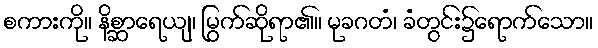
စကားကို။ နိစ္ဆာရေယျ၊ မြွက်ဆိုရာ၏။ မုခဂတံ၊ ခံတွင်း၌ရောက်သော။